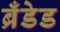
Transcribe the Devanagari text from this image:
ब्रँडेड